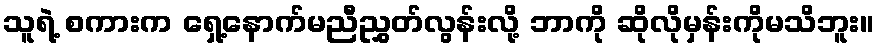
သူရဲ့ စကားက ရှေ့နောက်မညီညွှတ်လွန်းလို့ ဘာကို ဆိုလိုမှန်းကိုမသိဘူး။